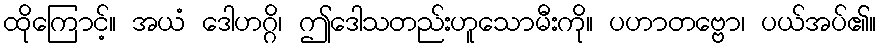
ထိုကြောင့်။ အယံ ဒေါဟဂ္ဂိ၊ ဤဒေါသတည်းဟူသောမီးကို။ ပဟာတဗ္ဗော၊ ပယ်အပ်၏။